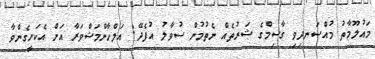
މައުލޫމާތު މުއްސަނދިވި ގާސިމްގެ ޝަރުތެއް ނެތުމުން ސުވާލު އުފެދޭ: އަލްހާންމަޝްވަރާ އަށް އެކަށީގެންވާ